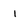
Character: 1